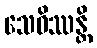
သေဝိဿန္တိ